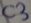
Text: C3